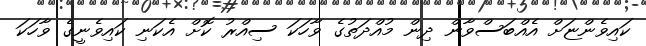
ކައިވެންޏަށް އެއްބަސްވާން ދިން މުއްދަތުގެ ވާހަކަ ސިއްރު ކޮށް އެކަނި ކައިވެނީގެ ވާހަކަ